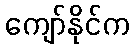
ကျော်နိုင်က